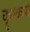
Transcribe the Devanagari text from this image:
कॄरकर्मा